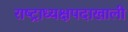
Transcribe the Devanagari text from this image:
राष्ट्राध्यक्षपदाखाली